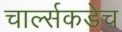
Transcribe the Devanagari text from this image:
चार्ल्सकडेच